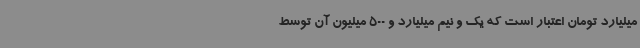
میلیارد تومان اعتبار است که یک و نیم میلیارد و 500 میلیون آن توسط